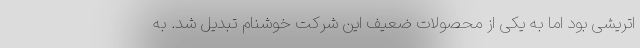
اتریشی بود اما به یکی از محصولات ضعیف این شرکت خوشنام تبدیل شد. به